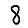
Digit: 8